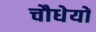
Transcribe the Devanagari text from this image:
चौधेयों